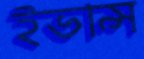
ইভান্স